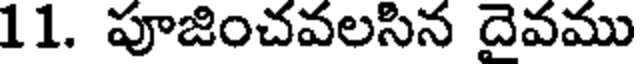
11. పూజించవలసిన దైవము